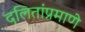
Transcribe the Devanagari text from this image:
दलितांप्रमाणे